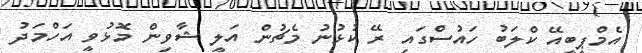
އެމްޕީބީއޭ ކްލަބު ހައުސްގައި ރޭ ކުޅުނު މެޗުން އަލީ ޝާވިން މޮޅުވީ އަހްމަދު